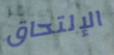
الإلتحاق